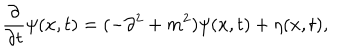
{ \frac { \partial } { \partial t } } \psi ( x , t ) = ( - \partial ^ { 2 } + m ^ { 2 } ) \psi ( x , t ) + \eta ( x , t ) ,